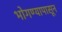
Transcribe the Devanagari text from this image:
भोगण्यापासून